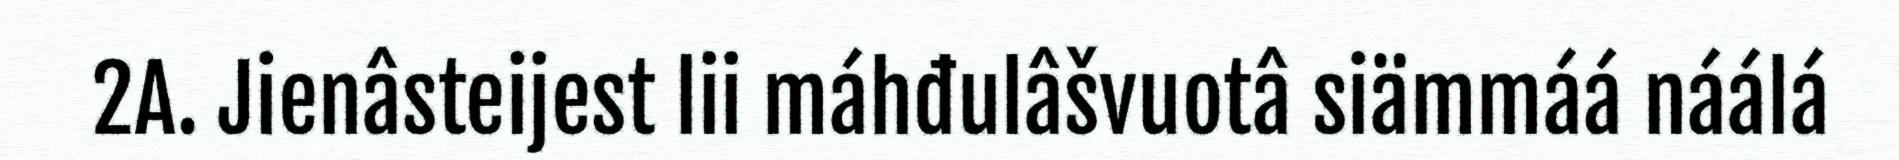
2A. Jienâsteijest lii máhđulâšvuotâ siämmáá náálá